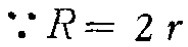
\(\because R = 2 r\)